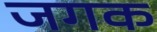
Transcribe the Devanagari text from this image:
जगक